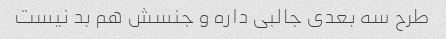
طرح سه بعدی جالبی داره و جنسش هم بد نیست